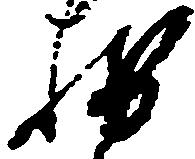
輔